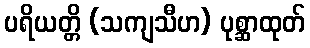
ပရိယတ္တိ (သကျသီဟ) ပုစ္ဆာထုတ်